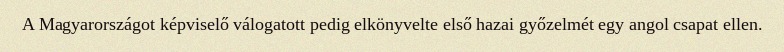
A Magyarországot képviselő válogatott pedig elkönyvelte első hazai győzelmét egy angol csapat ellen.